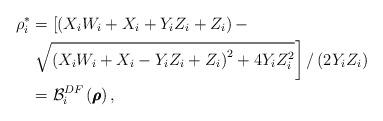
LaTeX: \begin{align*}\rho_i^* &= \left[ {\left( {{X_i}{W_i} + {X_i} + {Y_i}{Z_i} + {Z_i}} \right) - } \right. \\&\left. {\sqrt {{{\left( {{X_i}{W_i} + {X_i} - {Y_i}{Z_i} + {Z_i}} \right)}^2} + 4{Y_i}Z_i^2} } \right]/\left( {2{Y_i}{Z_i}} \right)\\&={{\mathcal B}_i^{DF}}\left(\pmb \rho \right),\end{align*}